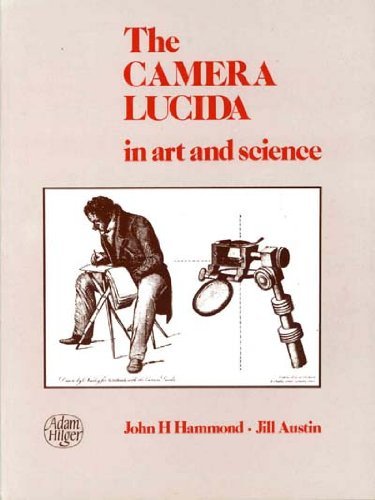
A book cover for The Camera Lucida in Art and Science,; John H. Hammond; Science & Math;